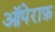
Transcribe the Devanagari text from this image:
ऑपेराफ़